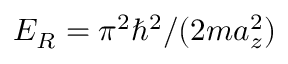
E _ { R } = \pi ^ { 2 } \hbar ^ { 2 } / ( 2 m a _ { z } ^ { 2 } )